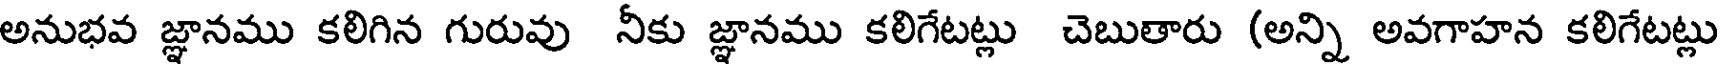
అనుభవ జ్ఞానము కలిగిన గురువు నీకు జ్ఞానము కలిగేటట్లు చెబుతారు (అన్ని అవగాహన కలిగేటట్లు